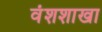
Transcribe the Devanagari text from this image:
वंशशाखा